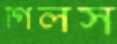
গিলস